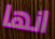
انها